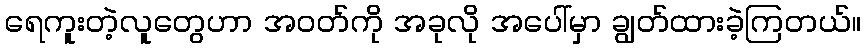
ရေကူးတဲ့လူတွေဟာ အဝတ်ကို အခုလို အပေါ်မှာ ချွတ်ထားခဲ့ကြတယ်။